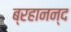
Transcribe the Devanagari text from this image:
ब्रहानन्द